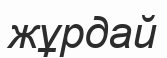
жұрдай